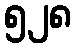
၅၂၈